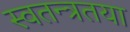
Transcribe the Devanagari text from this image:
स्वतन्त्रतया